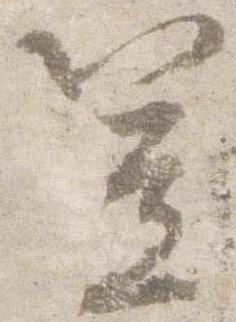
笠